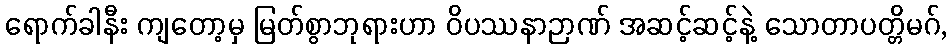
ရောက်ခါနီး ကျတော့မှ မြတ်စွာဘုရားဟာ ဝိပဿနာဉာဏ် အဆင့်ဆင့်နဲ့ သောတာပတ္တိမဂ်,